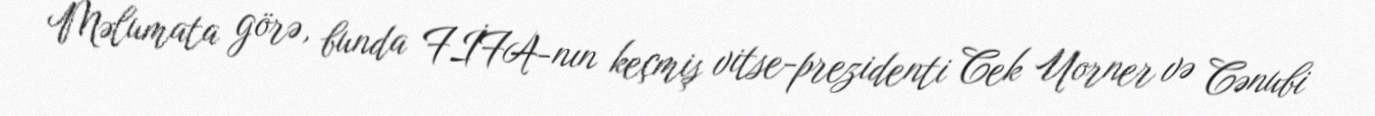
Məlumata görə, bunda FİFA-nın keçmiş vitse-prezidenti Cek Uorner və Cənubi